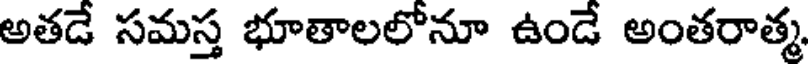
అతడే సమస్త భూతాలలోనూ ఉండే అంతరాత్మ